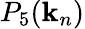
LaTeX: P_{5}(\mathbf{k}_{n})